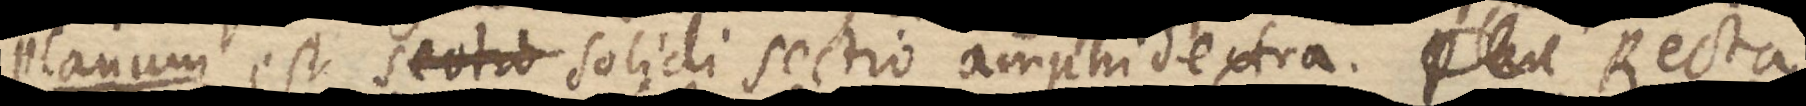
Planum est sectio solidi sectio amphidextra. _ Recta